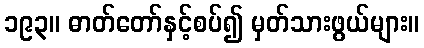
၁၉၃။ ဓာတ်တော်နှင့်စပ်၍ မှတ်သားဖွယ်များ။